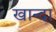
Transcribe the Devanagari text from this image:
खान्दा